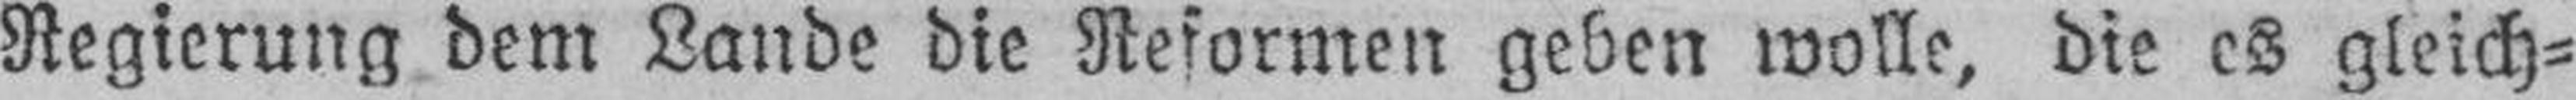
Regierung dem Lande die Reformen geben wolle, die es gleich¬